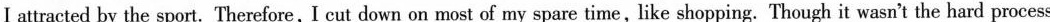
I attracted by the sport.Therefore, I cut down on most of my spare time, like shopping. Though it wasn't the hard process